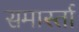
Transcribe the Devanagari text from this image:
समार्स्ता